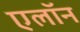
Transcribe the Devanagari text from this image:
एलॉन